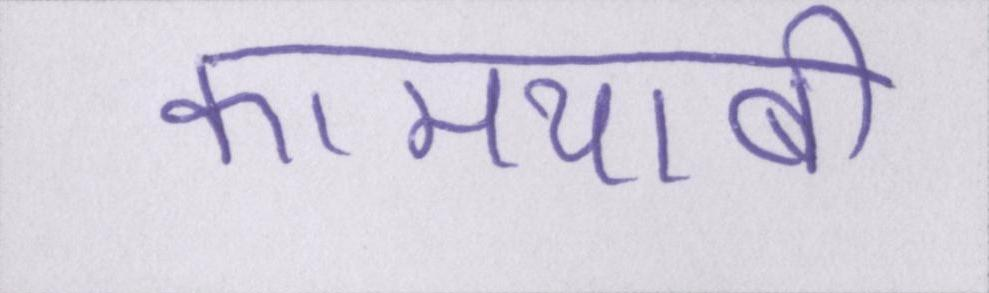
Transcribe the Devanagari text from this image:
कामयाबी